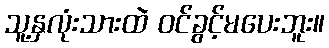
သူ့နှလုံးသားထဲ ဝင်ခွင့်မပေးဘူး။